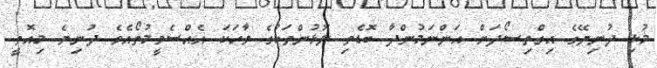
މުޅި ދުނިޔޭގެ އިގްތިސޯދަށް އަންނަމުންދާ ބޮޑެތި ލޮޅުންތަކުގެ ވާހަކަ އެއްސެވީމުތޯއެވެ ދުނިޔެ މިއޮތީ